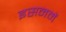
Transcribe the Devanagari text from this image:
इसनमें